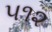
૫૧૨